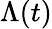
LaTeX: \Lambda(t)